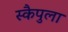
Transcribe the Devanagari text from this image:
स्कैपुला